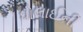
ધોલાઈની